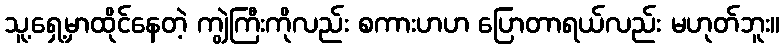
သူ့ရှေ့မှာထိုင်နေတဲ့ ကျွဲကြီးကိုလည်း စကားဟဟ ပြောတာရယ်လည်း မဟုတ်ဘူး။